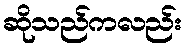
ဆိုသည်ကလည်း